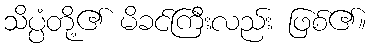
သိပ္ပံတို့၏ မိခင်ကြီးလည်း ဖြစ်၏။